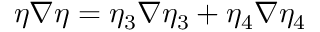
\eta \nabla \eta = \eta _ { 3 } \nabla \eta _ { 3 } + \eta _ { 4 } \nabla \eta _ { 4 }